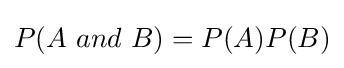
P(A\ and\ B)=P(A)P(B)